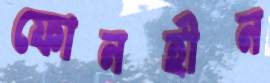
ফোনহীন